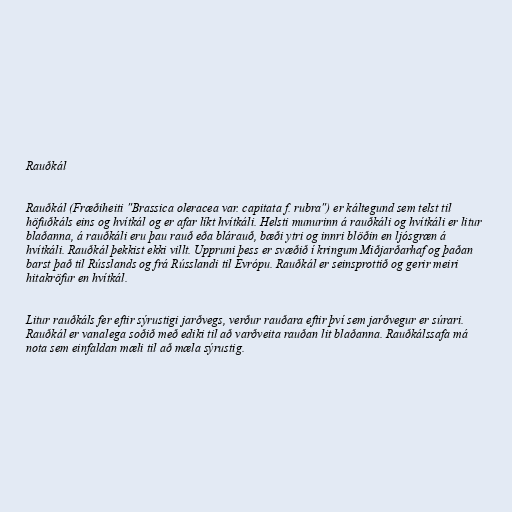
Rauðkál

Rauðkál (Fræðiheiti "Brassica oleracea var. capitata f. rubra") er káltegund sem telst til
höfuðkáls eins og hvítkál og er afar líkt hvítkáli. Helsti munurinn á rauðkáli og hvítkáli er litur
blaðanna, á rauðkáli eru þau rauð eða blárauð, bæði ytri og innri blöðin en ljósgræn á
hvítkáli. Rauðkál þekkist ekki villt. Uppruni þess er svæðið í kringum Miðjarðarhaf og þaðan
barst það til Rússlands og frá Rússlandi til Evrópu. Rauðkál er seinsprottið og gerir meiri
hitakröfur en hvítkál.

Litur rauðkáls fer eftir sýrustigi jarðvegs, verður rauðara eftir því sem jarðvegur er súrari.
Rauðkál er vanalega soðið með ediki til að varðveita rauðan lit blaðanna. Rauðkálssafa má
nota sem einfaldan mæli til að mæla sýrustig.